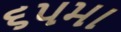
૬૫મા